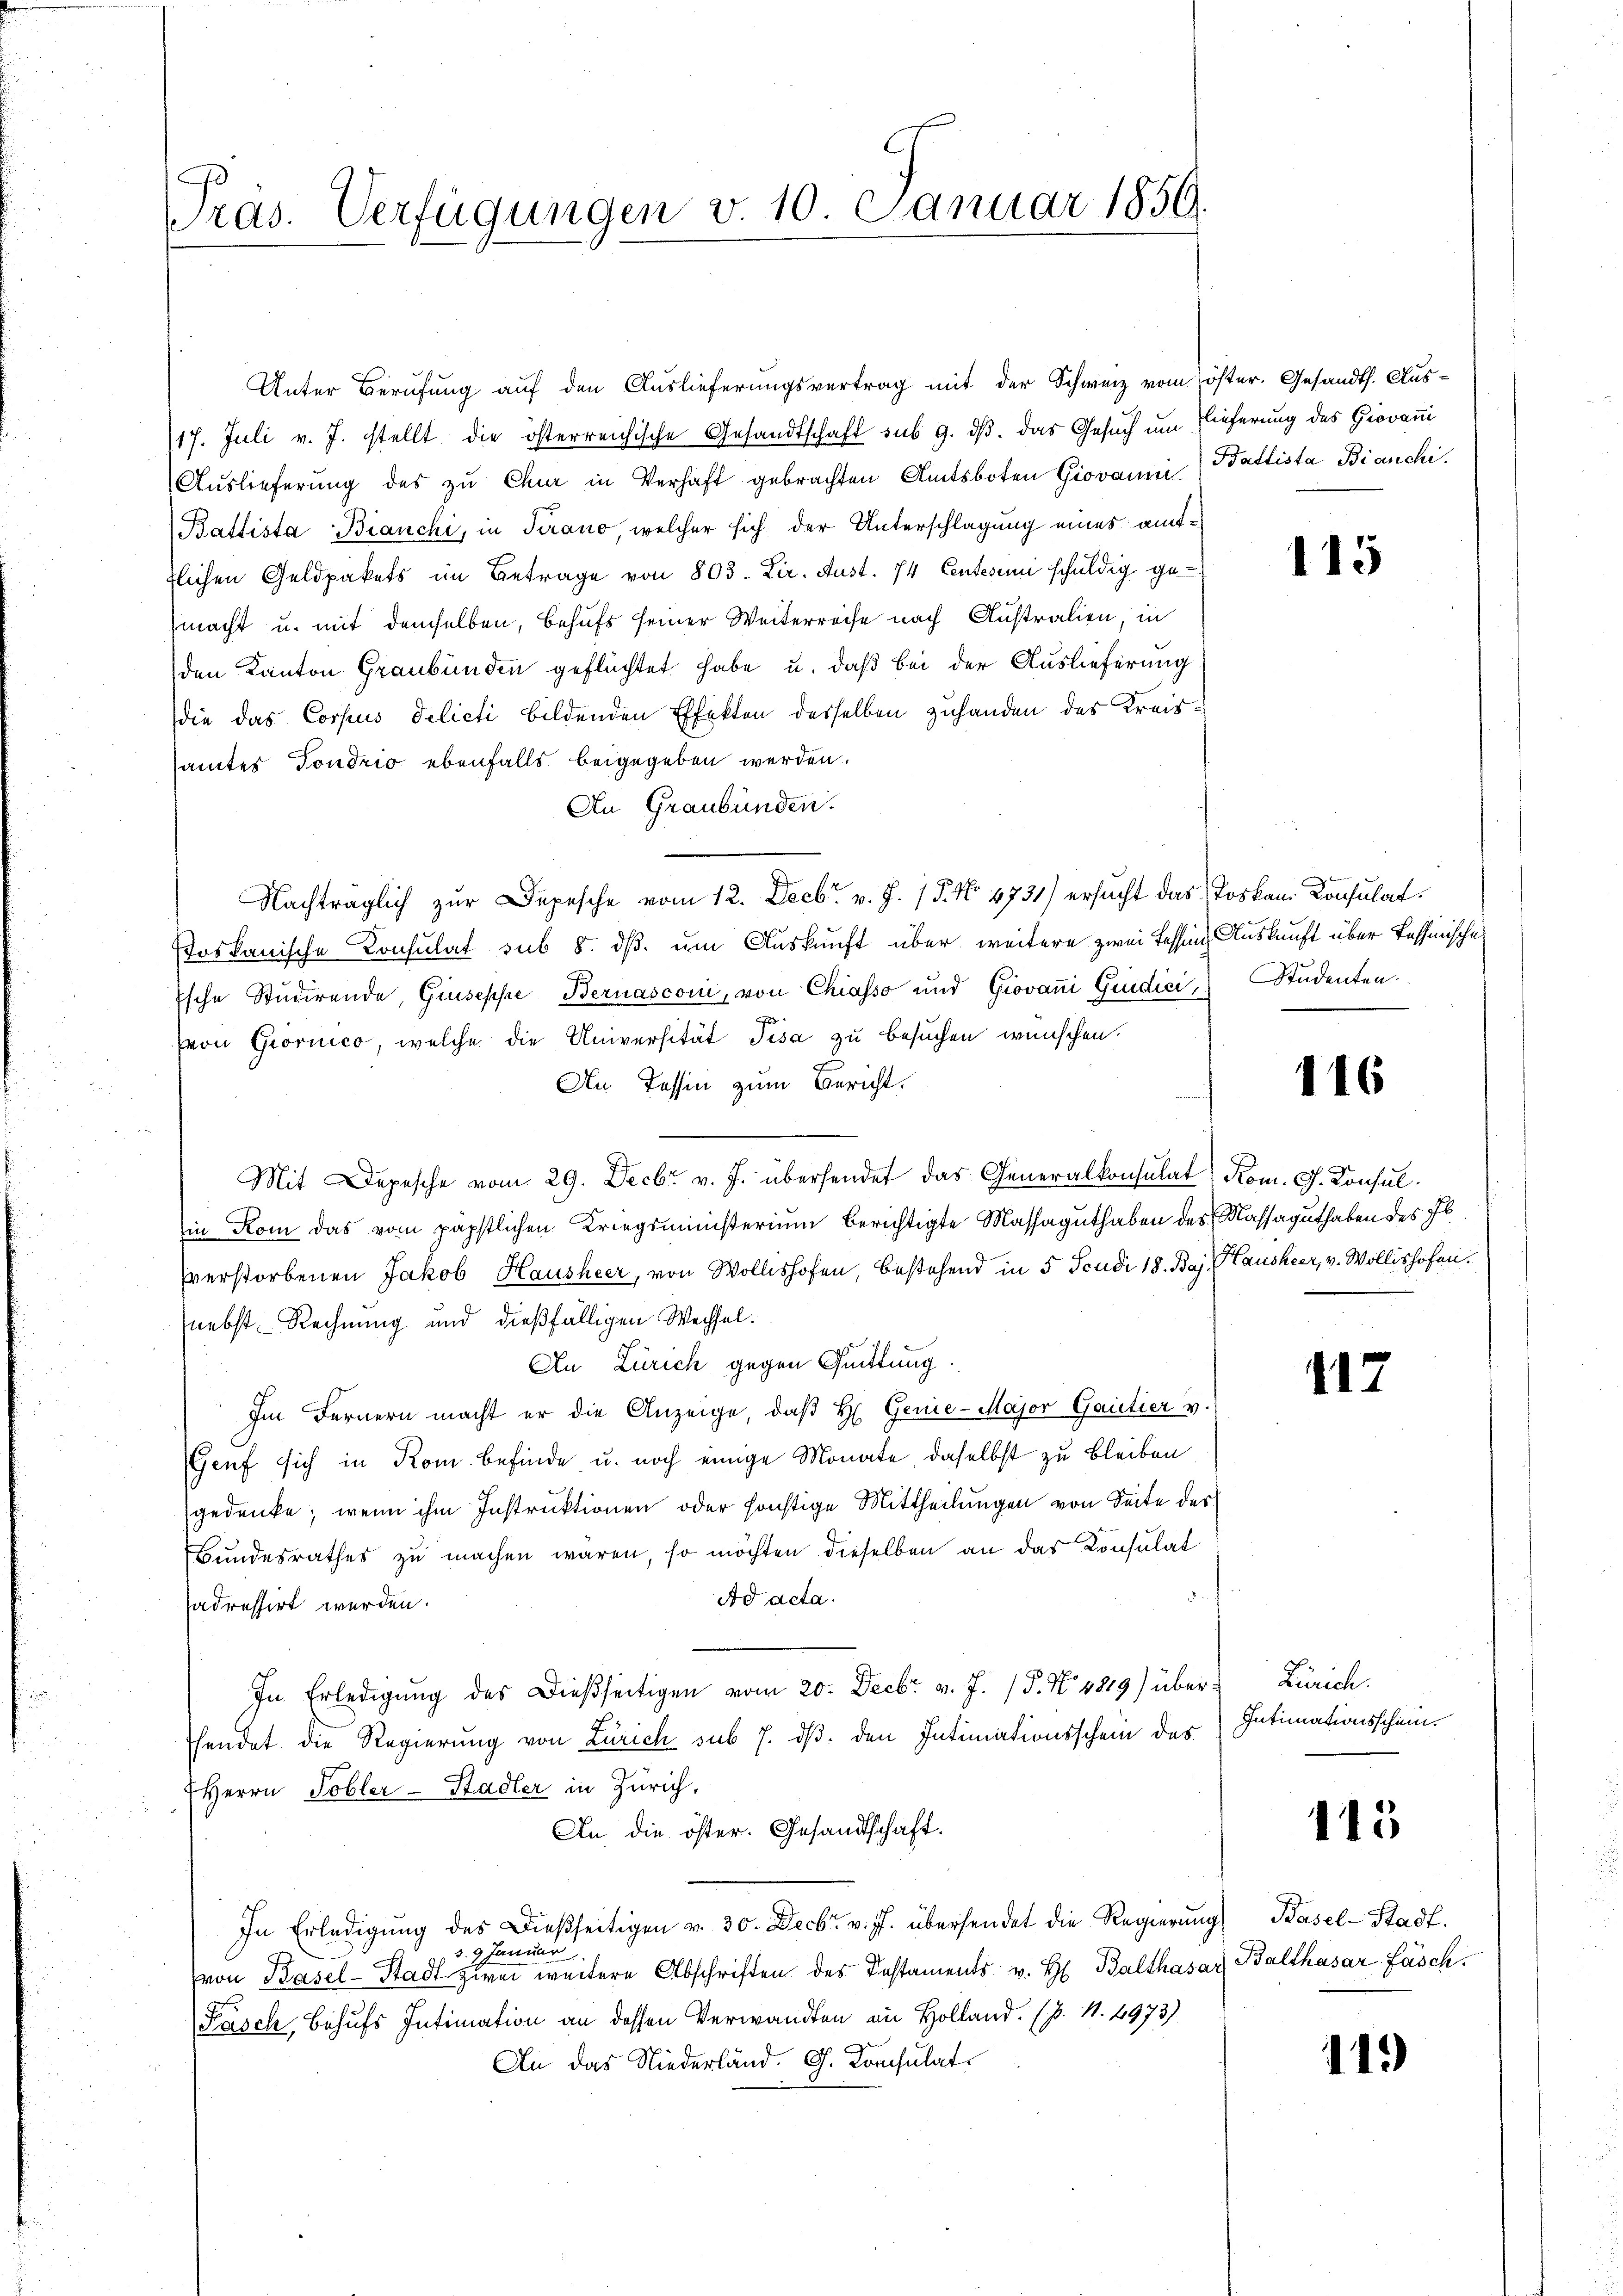
Präs. Verfügungen v. 10. Januar 1856

Unter Berufung auf den Auslieferungsvertrag mit der Schweiz vom öster. Gesandth. Aus¬
17. Juli v. J. stellt die österreichische Gesandtschaft sub 9. ds. das Gesuch um Lieferung des Giovani
Auslieferung des zu Chur in Verhaft gebrachten Amtsboten Giovanni Ballista Bianchi
Battista Bianchi, in Tirano, welcher sich der Unterschlagung eines amtflichen Geldpakets im Betrage von 803. Lir. Aust. 74 Centesimi schuldig gemacht u. mit demselben, behufs seiner Weiterreise nach Australien, in
den Kanton Graubünden geflüchtet habe u. daß bei der Auslieferung
die das Corpus delicti bildenden Effekten desselben zuhanden des Kreissamtes Sondrio ebenfalls beigegeben werden.
An Graubünden.
Nachträglich zur Depesche vom 12. Decbr. v. J. 15. No 4731) ersucht das Loskan. Konsulat
soskanische Konsulat sub 8. ds. um Auskunft über weitere zwei Tessin Auskunft über fessinische
Esche Studirende, Giuseppe, Bernasconi, von Chiasso und Giovan Guidici, Studenten.
pvon Giornico, welche die Universität Pisa zu besuchen wünschen.
An Tessin zum Bericht.
Mit Depesche vom 29. Decbr. v. J. übersendet das Generalkonsulat Rom. G. Konsulin Rom das vom päpstlichen Kriegsministerium berichtigte Massaguthaben des Massaguthaben des Jb.
sverstorbenen Jakob Hausheer, von Wollishofen, bestehend in 5 Scudi 18. Baj. Hausheer, v. Wollishofen.
nebst Rechnung und dießfälligen Wechsel.
An Zürich gegen Quittung.
Im Fernern macht er die Anzeige, daß H. Genie-Major Gautier v.
Genf sich in Rom befinde u. noch einige Monate, daselbst zu bleiben
gedenke, wenn ihm Instruktionen oder sonstige Mittheilungen von Seite des
Bundesrathes zu machen waren, so möchten dieselben an das Konsulat
Ad acta.
sadressirt werden.
In Erledigung des Dießseitigen vom 20. Decbr. v. J. P. Nr. 4819) überhendet die Regierung von Zürich sub 7. ds. den Intimationsschein des
Herrn Tobler-Stadler in Zürich.
An die öster. Gesandtschaft.
In Erledigung des dießseitigen v. 30. Decbr. v. J. übersendet die Regierung
3. 9 Januar
von Basel-Stadt zwei weitere Abschriften des Testaments v. H. Balthasar
Fasch, Behufs Intimation an dessen Verwandten an Holland. (p. 1. 4973).
An das Niederländ. G. Konsulat

115

116

117

Zürich.
Intimationsschein.

115

Basel-Stadt.
Balthasar fasch.

111)